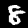
Digit: 8